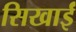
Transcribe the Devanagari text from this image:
सिखाईं